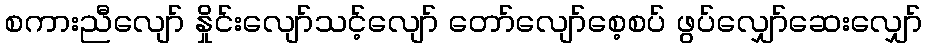
စကားညီလျော် နှိုင်းလျော်သင့်လျော် တော်လျော်စေ့စပ် ဖွပ်လျှော်ဆေးလျှော်